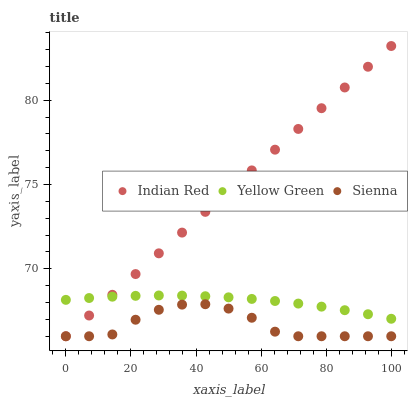
| xaxis_label | Indian Red | Yellow Green | Sienna |
 | --- | --- | --- | --- |
 | 0 | 66 | 68.2 | 66 |
 | 7.14 | 67.2 | 68.3 | 66 |
 | 14.3 | 68.5 | 68.3 | 66.1 |
 | 21.4 | 69.7 | 68.4 | 67 |
 | 28.6 | 70.9 | 68.4 | 67.6 |
 | 35.7 | 72.1 | 68.4 | 67.9 |
 | 42.9 | 73.4 | 68.4 | 67.9 |
 | 50 | 74.6 | 68.3 | 67.6 |
 | 57.1 | 75.8 | 68.2 | 67.1 |
 | 64.3 | 77.1 | 68.1 | 66.3 |
 | 71.4 | 78.3 | 67.9 | 66 |
 | 78.6 | 79.5 | 67.8 | 66 |
 | 85.7 | 80.8 | 67.5 | 66 |
 | 92.9 | 82 | 67.3 | 66 |
 | 100 | 83.2 | 67 | 66 |